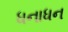
ધનાધન